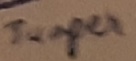
Text: Jumper